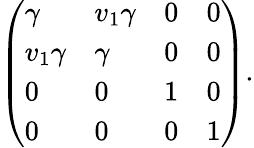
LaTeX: {\left(\begin{array}{llll}{\gamma}&{v_{1}\gamma}&{0}&{0}\\ {v_{1}\gamma}&{\gamma}&{0}&{0}\\ {0}&{0}&{1}&{0}\\ {0}&{0}&{0}&{1}\end{array}\right)}.